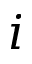
i